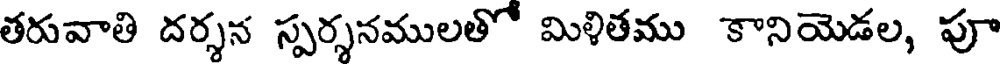
తరువాతి దర్శన స్పర్శనములతో మిళితము కానియెడల, పూ